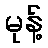
မုန့်